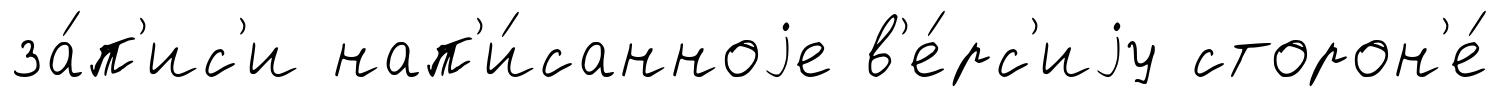
за́п'ис'и нап'и́санноjе в'е́рс'иjу сторон'е́